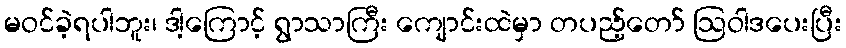
မဝင်ခဲ့ရပါဘူး၊ ဒါ့ကြောင့် ရွာသာကြီး ကျောင်းထဲမှာ တပည့်တော် ဩဝါဒပေးပြီး